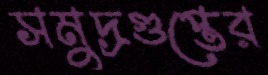
সমুদ্রগুপ্তের